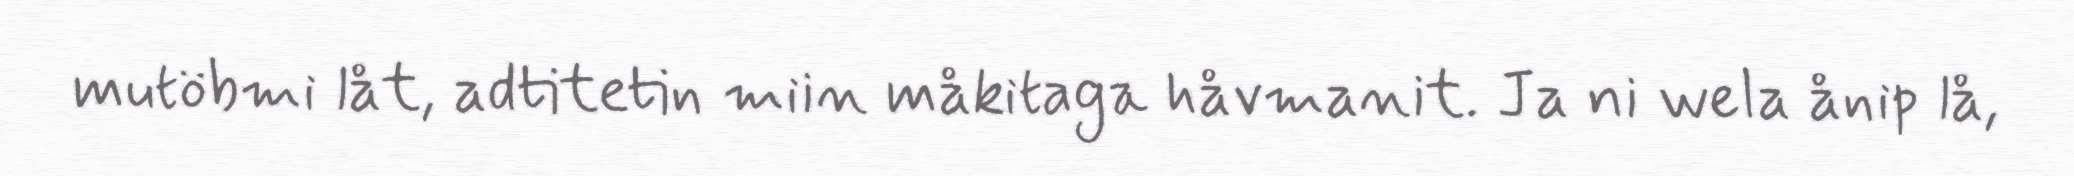
mutöbmi låt, adtitetin miin måkitaga håvmanit. Ja ni wela ånip lå,